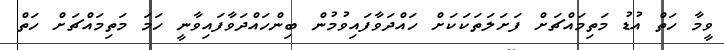
ވީމާ ހަތް އުޑު މަތިމައްޗަށް ފަށަލަތަކަކަށް ހައްދަވާފައިވުމުން ބިންހައްދަވާފައިވާނީ ހަމަ މަތިމައްޗަށް ހަތް